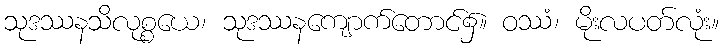
သုဒဿနသိလုစ္စယေ၊ သုဒဿနကျောက်တောင်၌။ ဝဿံ၊ မိုးလပတ်လုံး။